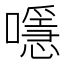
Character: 𡁋